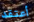
أعتقد